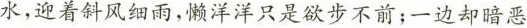
水，迎着斜风细雨，懒洋洋只是欲步不前;一边却暗恶